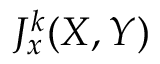
J _ { x } ^ { k } ( X , Y )